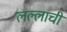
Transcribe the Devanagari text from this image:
लल्लाची